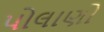
પોલાણો